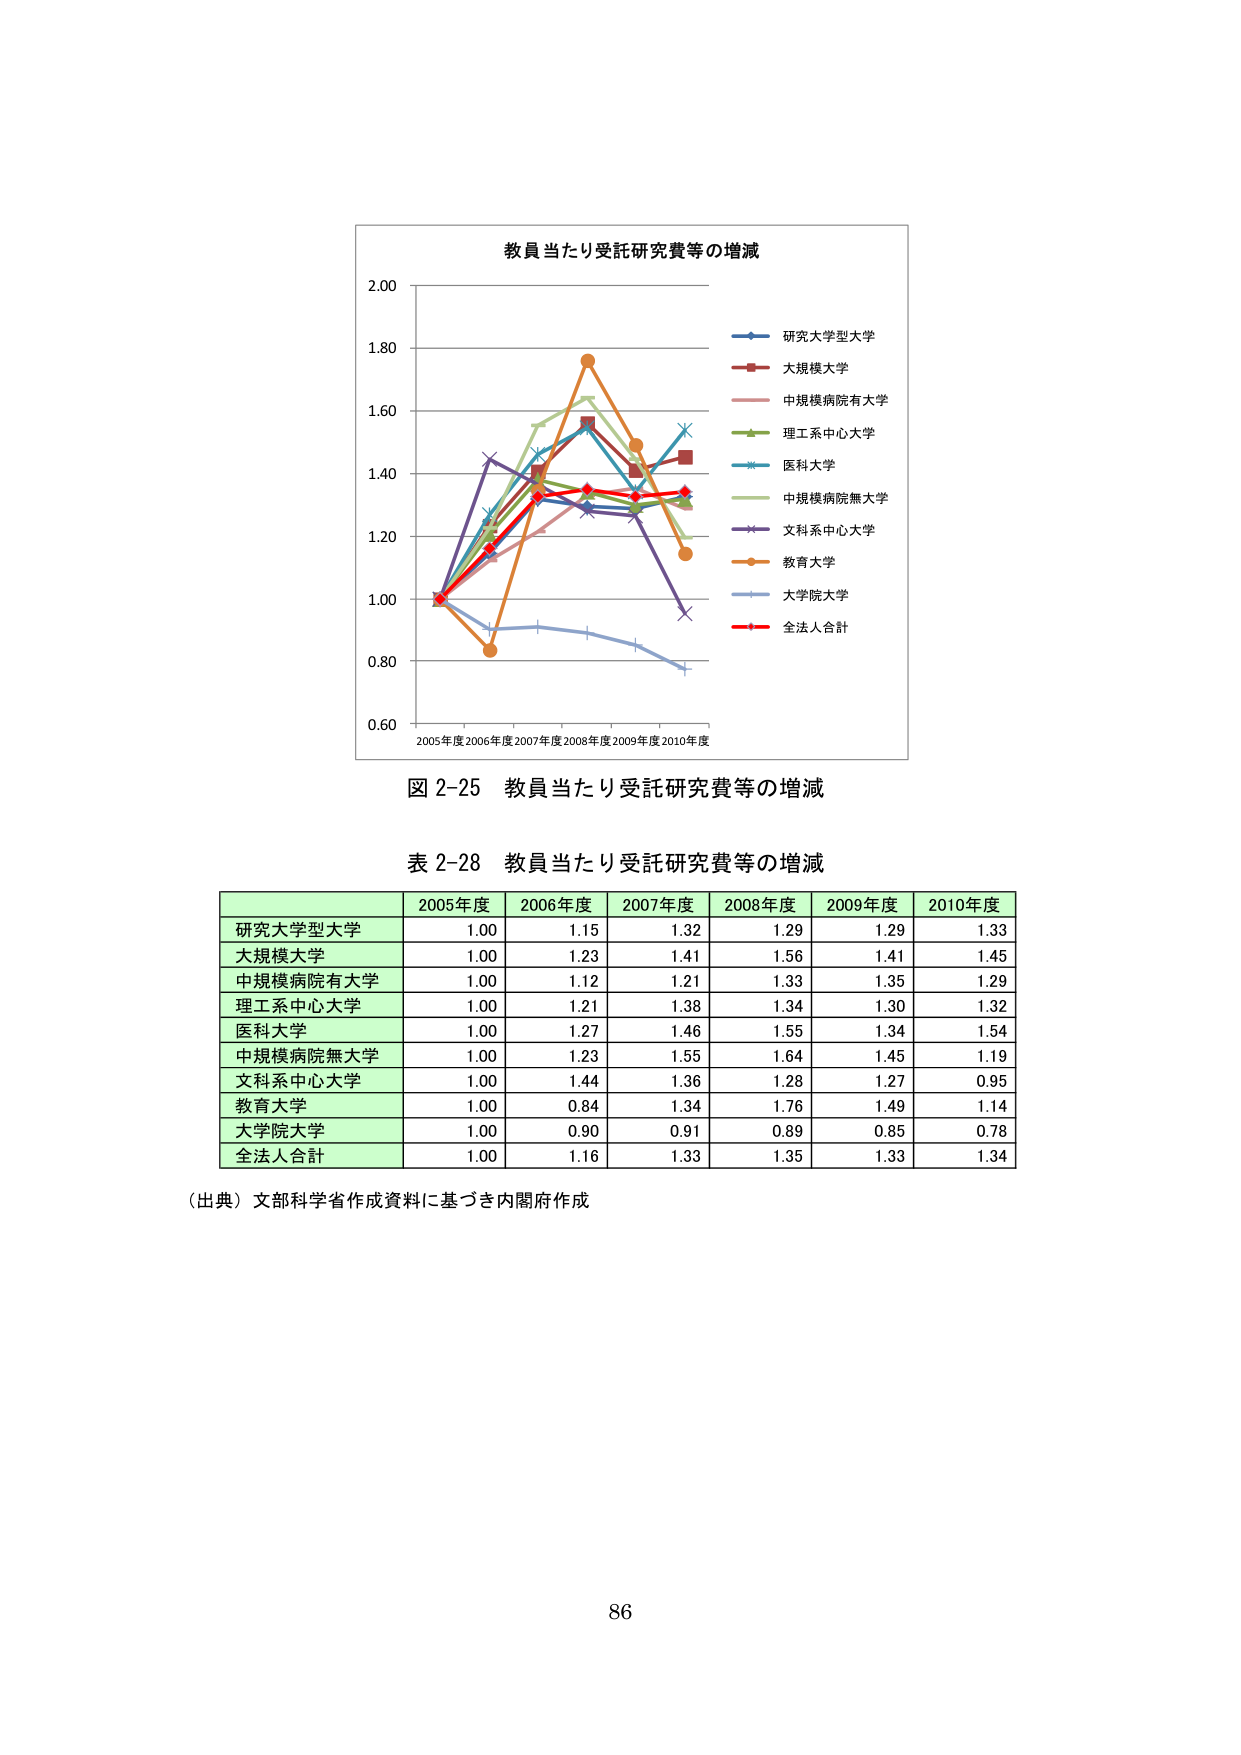
教員当たり受託研究費等の増減
2.00
1.80
1.60
1.40
1.20
1.00
0.80
0.60
2005年度 2006年度 2007年度 2008年度 2009年度 2010年度
研究大学型大学
大規模大学
中規模病院有大学
理工系中心大学
医科大学
中規模病院無大学
文科系中心大学
教育大学
大学院大学
全法人合計
図 2-25 教員当たり受託研究費等の増減
表 2-28 教員当たり受託研究費等の増減
2005年度 2006年度 2007年度 2008年度 2009年度 2010年度
研究大学型大学 1.00 1.15 1.32 1.29 1.29 1.33
大規模大学 1.00 1.23 1.41 1.56 1.41 1.45
中規模病院有大学 1.00 1.12 1.21 1.33 1.35 1.29
理工系中心大学 1.00 1.21 1.38 1.34 1.30 1.32
医科大学 1.00 1.27 1.46 1.55 1.34 1.54
中規模病院無大学 1.00 1.23 1.55 1.64 1.45 1.19
文科系中心大学 1.00 1.44 1.36 1.28 1.27 0.95
教育大学 1.00 0.84 1.34 1.76 1.49 1.14
大学院大学 1.00 0.90 0.91 0.89 0.85 0.78
全法人合計 1.00 1.16 1.33 1.35 1.33 1.34
（出典）文部科学省作成資料に基づき内閣府作成
86